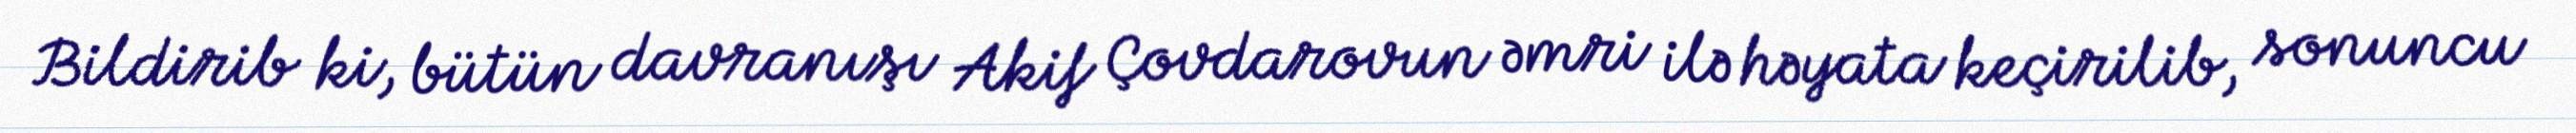
Bildirib ki, bütün davranışı Akif Çovdarovun əmri ilə həyata keçirilib, sonuncu